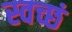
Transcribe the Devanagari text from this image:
स्वच्छं